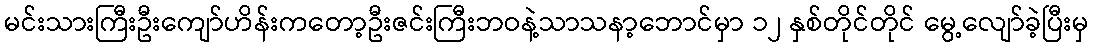
မင်းသားကြီးဦးကျော်ဟိန်းကတော့ဦးဇင်းကြီးဘဝနဲ့သာသနာ့ဘောင်မှာ ၁၂ နှစ်တိုင်တိုင် မွေ့လျော်ခဲ့ပြီးမှ